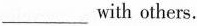
___ with others.